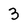
Character: 3